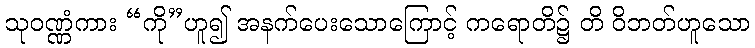
သုဝဏ္ဏံကား “ကို”ဟူ၍ အနက်ပေးသောကြောင့် ကရောတိ၌ တိ ဝိဘတ်ဟူသော